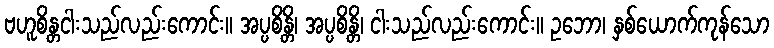
ဗဟူစိန္တငါးသည်လည်းကောင်း။ အပ္ပစိန္တိ၊ အပ္ပစိန္တိ၊ ငါးသည်လည်းကောင်း။ ဥဘော၊ နှစ်ယောက်ကုန်သော